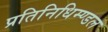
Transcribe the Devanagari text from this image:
प्रतिनिधिम्ण्डल